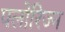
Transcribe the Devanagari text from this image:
फ्लोरिज्न